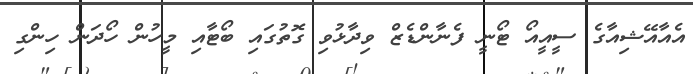
އެއާއޭޝިއާގެ ސީއީއޯ ޓޯނީ ފެނާންޑެޒް ވިދާޅުވި ގޮތުގައި ބޯޓާއި މީހުން ހޯދަން ހިންގި